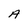
Character: A